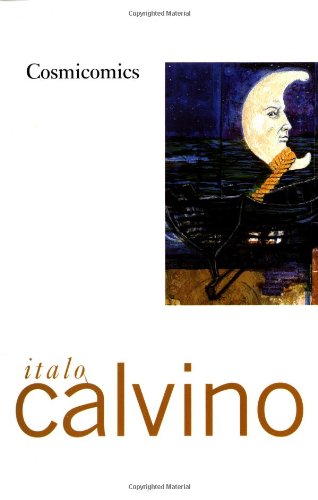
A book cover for Cosmicomics; Italo Calvino; Science Fiction & Fantasy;